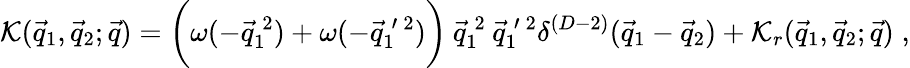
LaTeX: {\cal K}(\vec{q}_{1},\vec{q}_{2};\vec{q})=\biggl(\omega(-\vec{q}_{1}^{\: 2})+\omega(-\vec{q}_{1}^{\: \prime\: 2})\biggr)\: \vec{q}_{1}^{\: 2}\: \vec{q}_{1}^{\: \prime\: 2}\delta^{(D-2)}(\vec{q}_{1}-\vec{q}_{2})+{\cal K}_{r}(\vec{q}_{1},\vec{q}_{2};\vec{q})\; ,